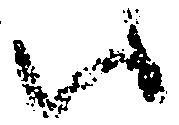
ハ